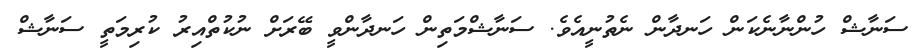
ސަނާޝް ހުންނާނެކަން ހަނދާން ނެތުނީއެވެ. ސަނާޝްމަތިން ހަނދާންވީ ބޭރަށް ނުކުތްއިރު ކުރިމަތީ ސަނާޝް